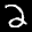
Label: 2